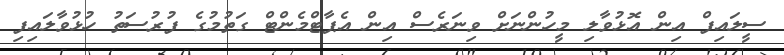
ސީލައިފް އިން އޮޅުވާލި މީހުންނަށް ވިނަރެސް އިން އެޕާޓްމެންޓް ގަތުމުގެ ފުރުސަތު ހުޅުވާލައިފި